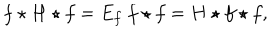
LaTeX: f \star H \star f = E _ { f } ~ f \star f = H \star f \star f ,